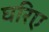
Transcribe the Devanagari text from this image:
घरिए